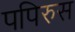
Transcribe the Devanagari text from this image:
पपिरुस